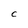
Character: C